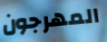
المهرجون